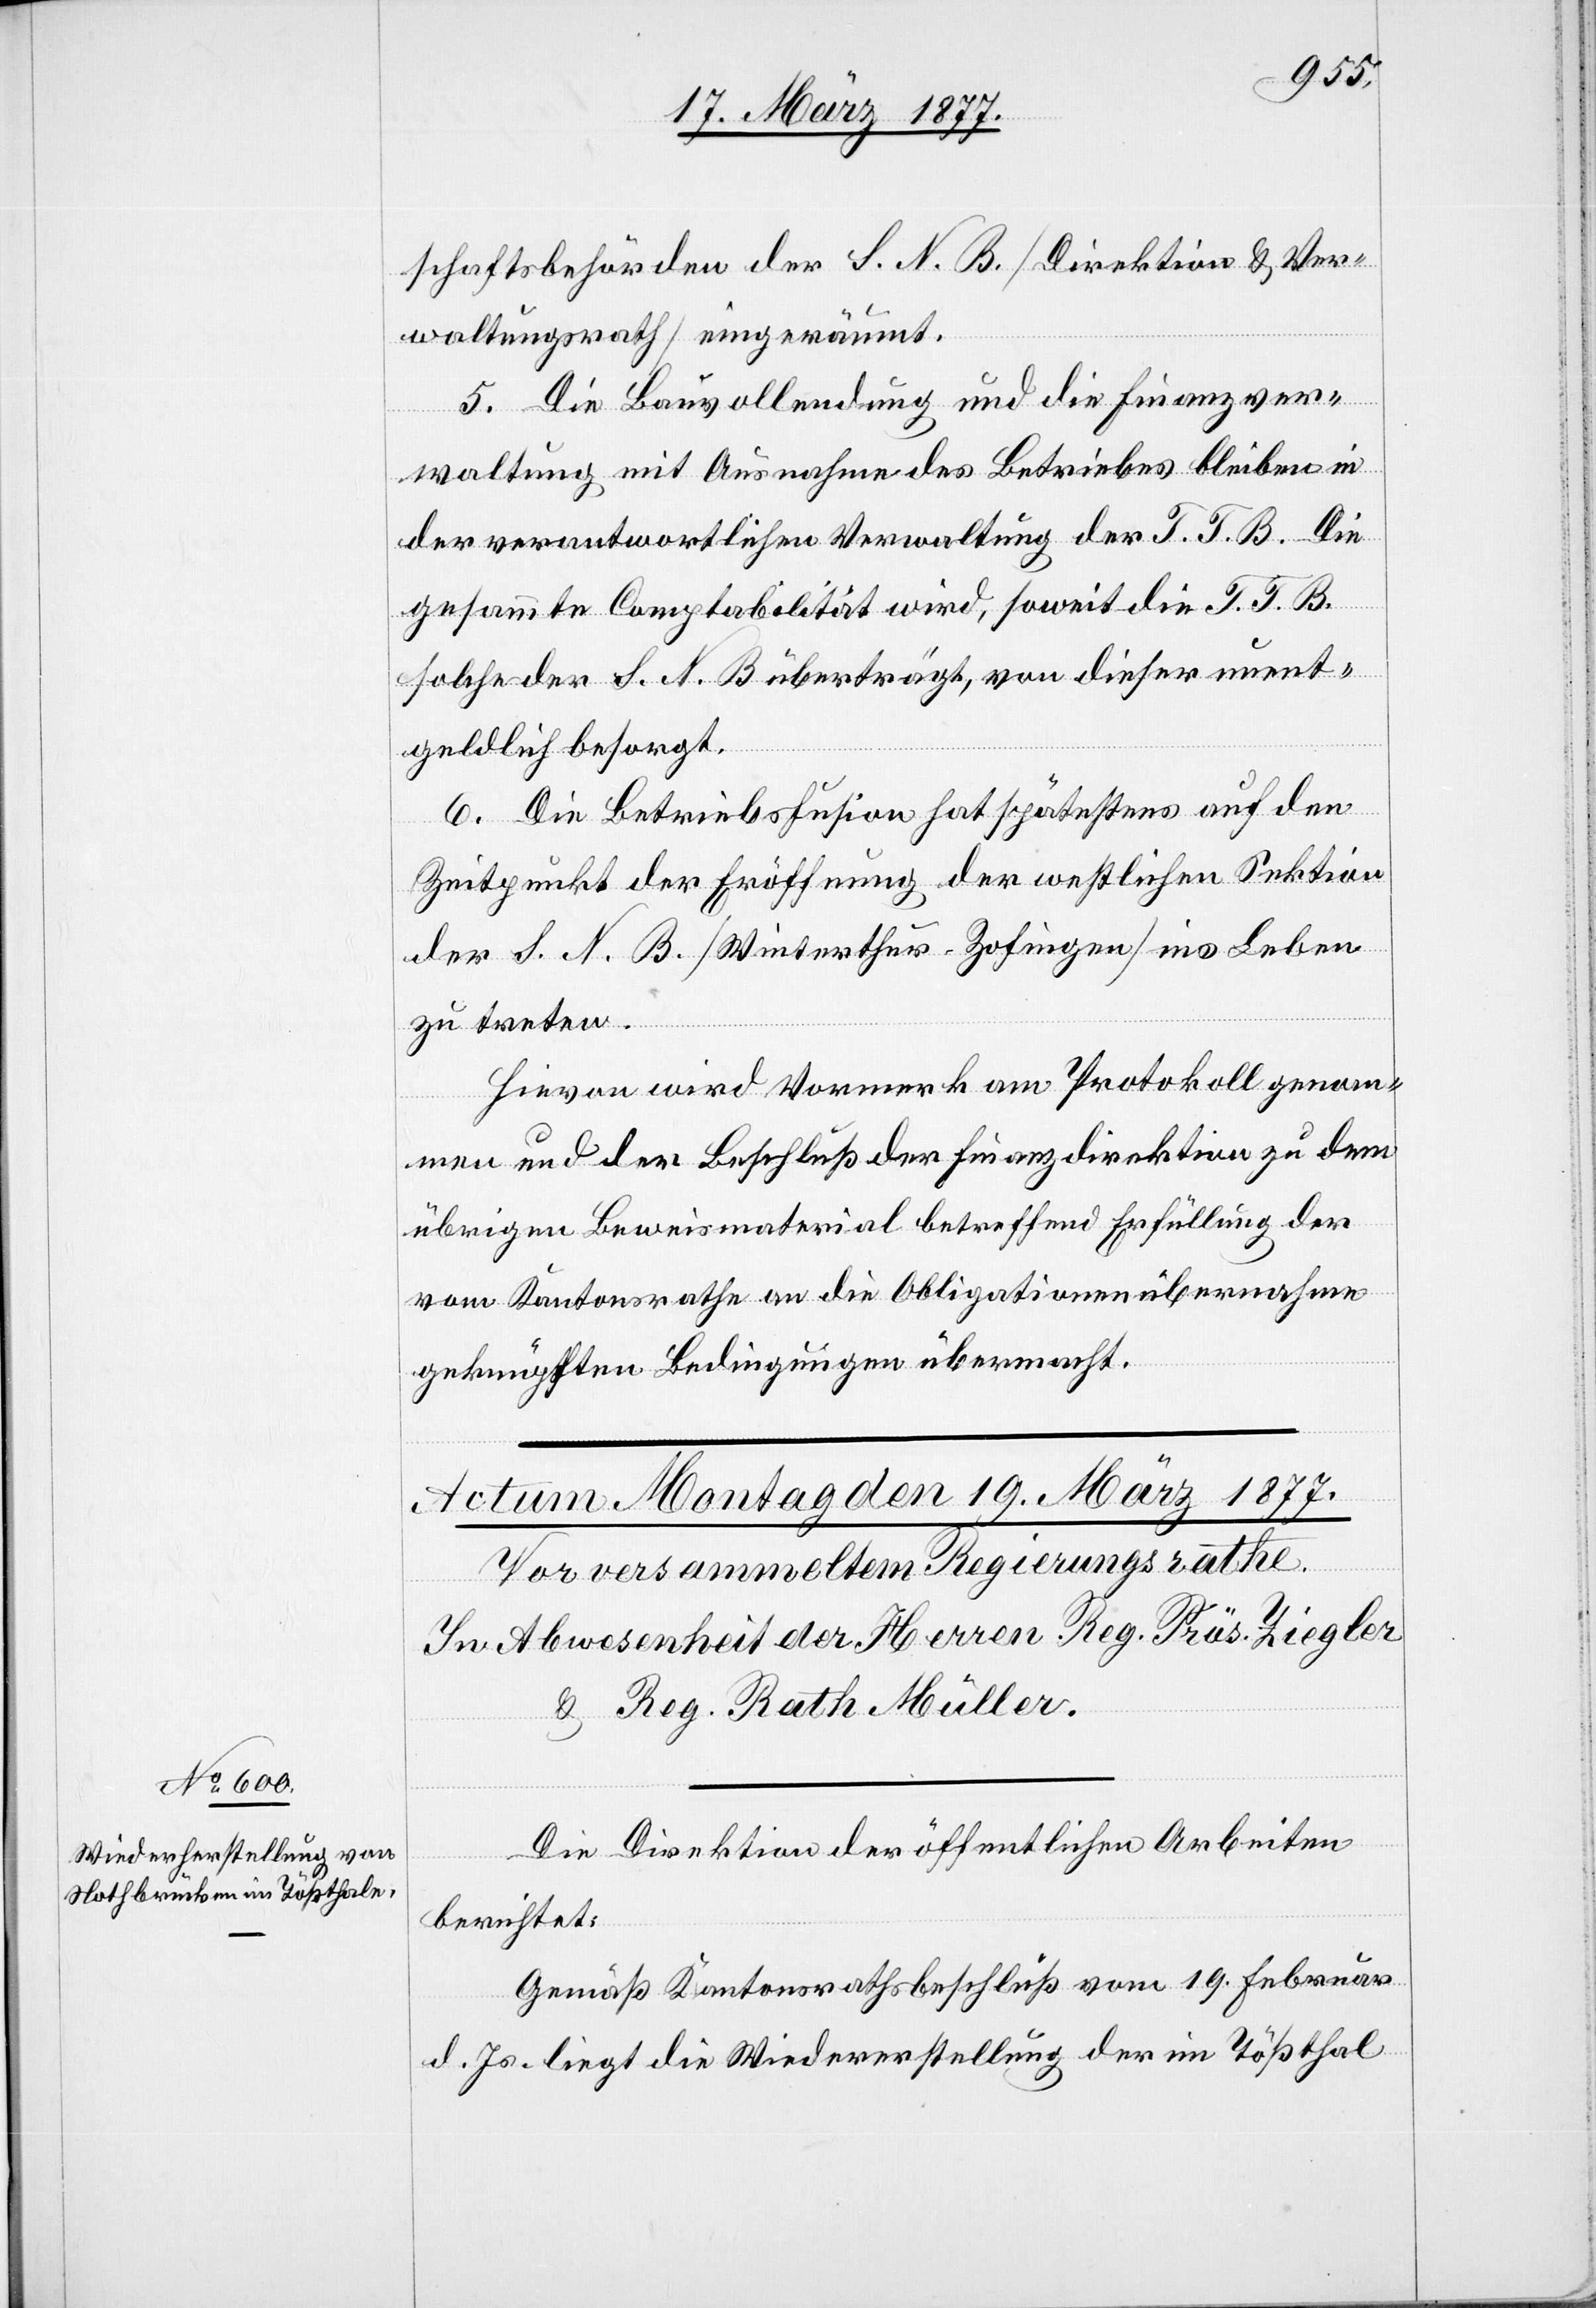
schaftsbehörden der S. N. B. [Direktion & Ver¬
waltungsrath] eingeräumt.
5. Die Bauvollendung und die Finanzver¬
waltung mit Ausnahme des Betriebes bleiben in
der verantwortlichen Verwaltung der T. T. B. Die
gesammte Comptabilität wird, soweit die T. T. B.
solche der S. N. B. überträgt, von dieser unent¬
geldlich besorgt.
6. Die Betriebsfusion hat spätestens auf den
Zeitpunkt der Eröffnung der westlichen Sektion
der S. N. B. [Winterthur–Zofingen] ins Leben
zu treten.
Hievon wird Vormerk am Protokoll genom¬
men und der Beschluß der Finanzdirektion zu dem
übrigen Beweismaterial betreffend Erfüllung der
vom Kantonsrathe an die Obligationenübernahme
geknüpften Bedingungen übermacht.
Die Direktion der öffentlichen Arbeiten
berichtet:
Gemäß Kantonsrathsbeschluß vom 19. Februar
d. Js. liegt die Wiedererstellung der im Tößthal